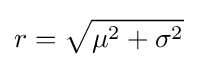
r={\sqrt {\mu ^{2}+\sigma ^{2}}}